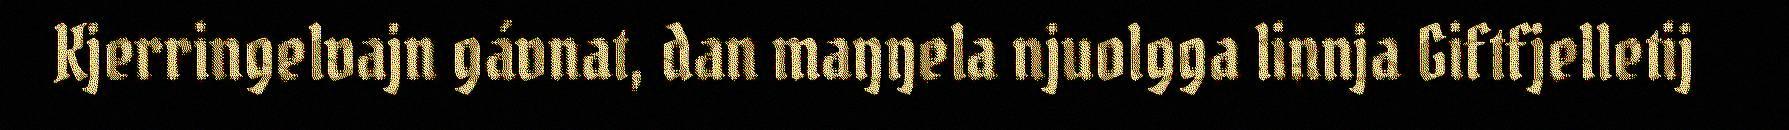
Kjerringelvajn gávnat, dan maŋŋela njuolgga linnja Giftfjelletij